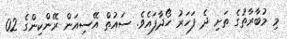
މި މުބާރާތުގެ ތަށި ދެ ފަހަރު ހޯދާފައެވެ. ސައުތް އޭސިއަން ރޭންކިންގެ 02